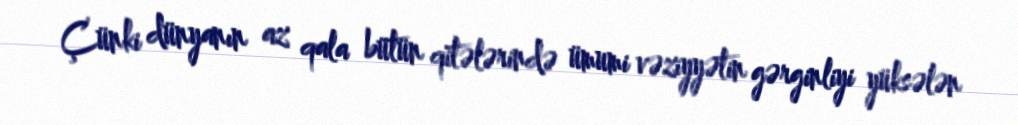
Çünki dünyanın az qala bütün qitələrində ümumi vəziyyətin gərginliyi yüksələn